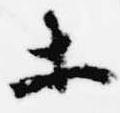
等